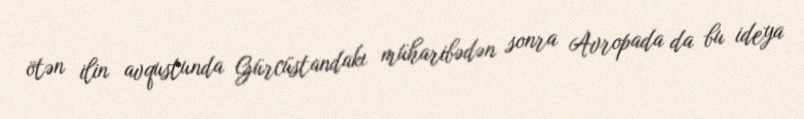
ötən ilin avqustunda Gürcüstandakı müharibədən sonra Avropada da bu ideya